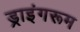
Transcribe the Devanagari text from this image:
ड्राइंगरूम